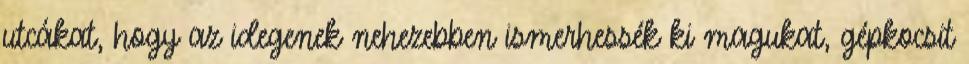
utcákat, hogy az idegenek nehezebben ismerhessék ki magukat, gépkocsit